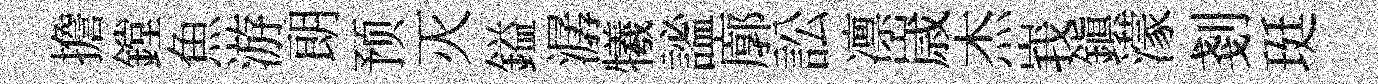
擔鏜魚游朗预灭鎰潺犧謐廓訟凛𡻕杰峩鎮濛剗珽